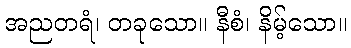
အညတရံ၊ တခုသော။ နီစံ၊ နိမ့်သော။